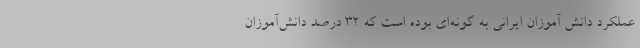
عملکرد دانش آموزان ایرانی به گونه‌ای بوده است که ۳۲ درصد دانش‌آموزان